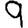
Digit: 9